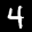
Label: 4